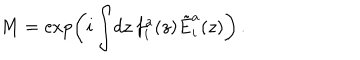
LaTeX: M = \exp \left( i \int \! d z \, f _ { i } ^ { a } ( z ) \tilde { E } _ { i } ^ { a } ( z ) \right) \, .